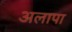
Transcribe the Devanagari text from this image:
अलापा